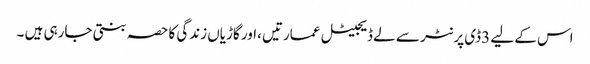
اس کے لیے 3ڈی پرنٹر سے لے ڈیجیٹل عمارتیں ،اور گاڑیاں زندگی کا حصہ بنتی جارہی ہیں ۔